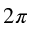
2 \pi